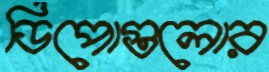
ডিপোগুলোর